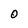
Character: O